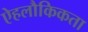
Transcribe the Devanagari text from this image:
ऐहलौकिकता